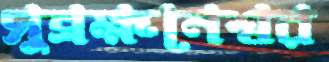
সুব্রহ্মনেশ্বর